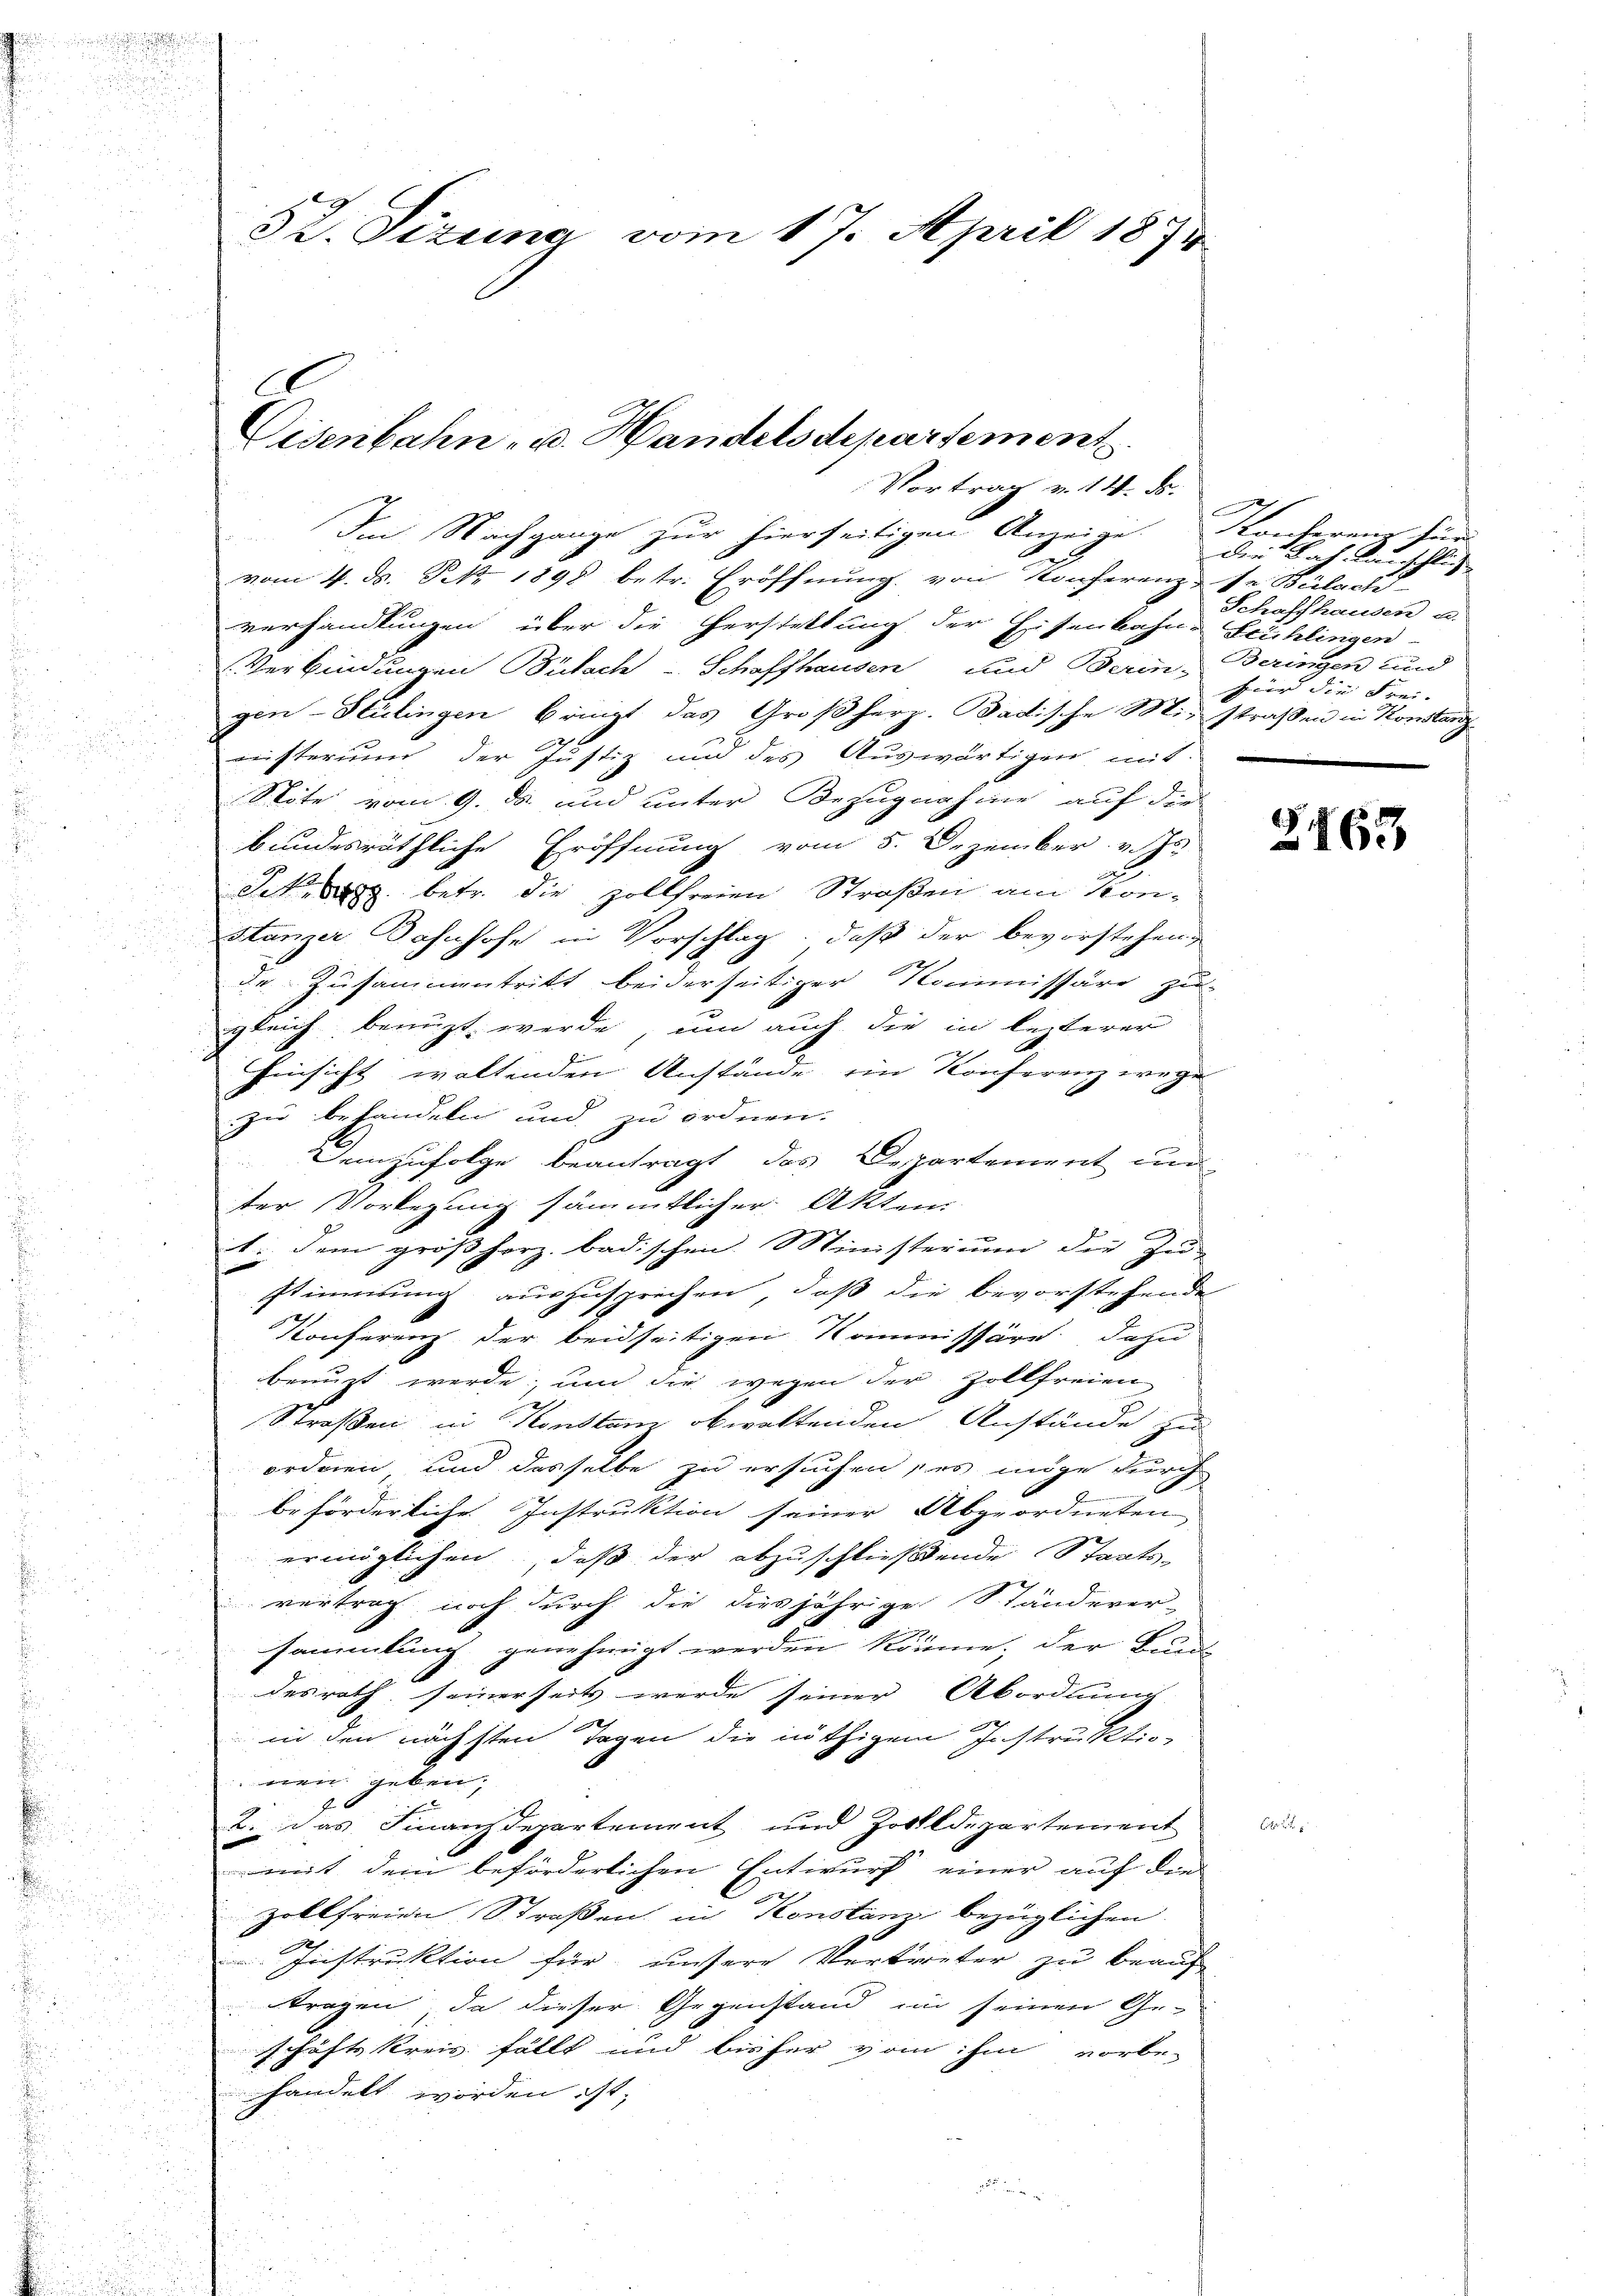
52. Sizung vom 17. April 1874

E
CEisenbahn- u. Handelsdepartement.
Vortrag v. 14. ds.

Im Nachgange zur hierseitigen Anzeige. Konferen für
vom 4. d. Frk. 1898 betr. Eröffnung von Konferenzse Bülach
verhandlungen über die Herstellung der Eisenbahne Frühlingen
Verbindungen Bülach - Schaffhausen und Berin-
gen- Sculingen bringt das Großherz. Badische Ministraßen in Konstanz
isterium der Justiz und des Auswärtigen mit
Stöte vom 9. ds. und unter Bezugnahme auf der
bundesräthliche Eröffnung vom 5. Dezember v. Js.
Sck, betr. die zollfreien Straßen am Konstanzer Bahnhofe in Vorschlag, daß der bevorstehend
de Zusammentritt beiderseitiger Kommissäre zu-
gleich benuzt werde, um auch die in lezterer
Hinsicht waltenden Anstände, ein Konferenz wege
zu behandeln und zu ordnen.
Demzufolge beantragt das Departement und
ter Vorlegung sämmtlicher Akten.
1. dem gröβhorz badischen Ministerium die Zu-
stimmung auszusprechen, daß die bevorstehende
Konferenz der beidseitigen Kommissäre dazu
benuzt werde, und die wegen der Zollfreien
Straßen in Konstan obwaltenden Anstände zu
ordnen und dasselbe zu ersuchen, es möge durch
beförderliche Instruktion seiner Abgeordneten
ermöglichen, daß der abzuschließende Staats-
vertrag noch durch die diesjährige Ständever-
sammlung genehmigt werden könne, der Bund
desrath seinerseits werde seiner Abordnung
in den nächsten Tagen die nöthigem Instruktio-
nen geben,
b. das Finanzdepartement und Zolldepartement
mit dem beförderlichen Entwurf einer auf die
zollfreien Straßen, in Konstanz bezüglichen
Instruktion für unsere Vertreter zu beauf
tragen, da dieser Gegenstand in seinen Ge-
schäfte Kreis fällt und bisher vom ihm vorbe-
handelt worden ist,

der Bahnünschlus
Schaffhausen u.
Beringen und
für die Frei.

S.63